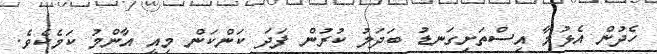
ހެދުން އެޅުމާ އިސްތަށިގަނޑު ބަދަލު ކުރުން ފަދަ ކަންކަން މިއީ އާންމު ކަމެކެވެ.